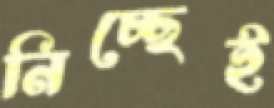
নিচ্ছেই